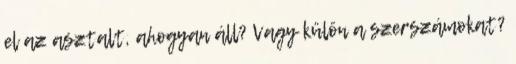
el az asztalt, ahogyan áll? Vagy külön a szerszámokat?